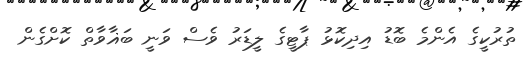
ތުރުކީގެ އެންމެ ބޮޑު އިދިކޮޅު ޕާޓީގެ ލީޑަރު ވެސް ވަނީ ބަޣާވާތް ކޮށްގެން